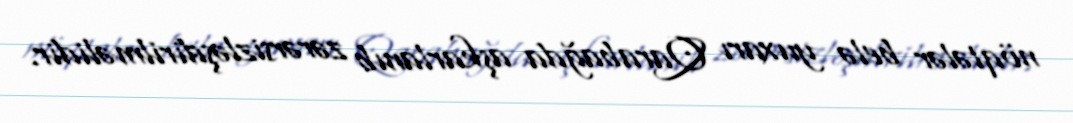
nöqtələr belə yuxarı Qarabağda aşkarlanıb zərərsizləşdirilməlidir.